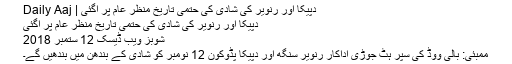
دپیکا اور رنویر کی شادی کی حتمی تاریخ منظر عام پر آگئی | Daily Aaj
دپیکا اور رنویر کی شادی کی حتمی تاریخ منظر عام پر آگئی
شوبز ویب ڈیسک 12 ستمبر 2018
ممبئی: بالی ووڈ کی سپر ہٹ جوڑی اداکار رنویر سنگھ اور دپیکا پڈوکون 12 نومبر کو شادی کے بندھن میں بندھیں گے۔